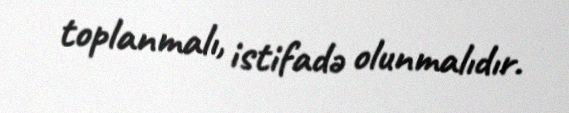
toplanmalı, istifadə olunmalıdır.